Annual report of the Punjab Veterinary College and of the Civil Veterinary Department, Punjab - 1909-1919
Year: 1909
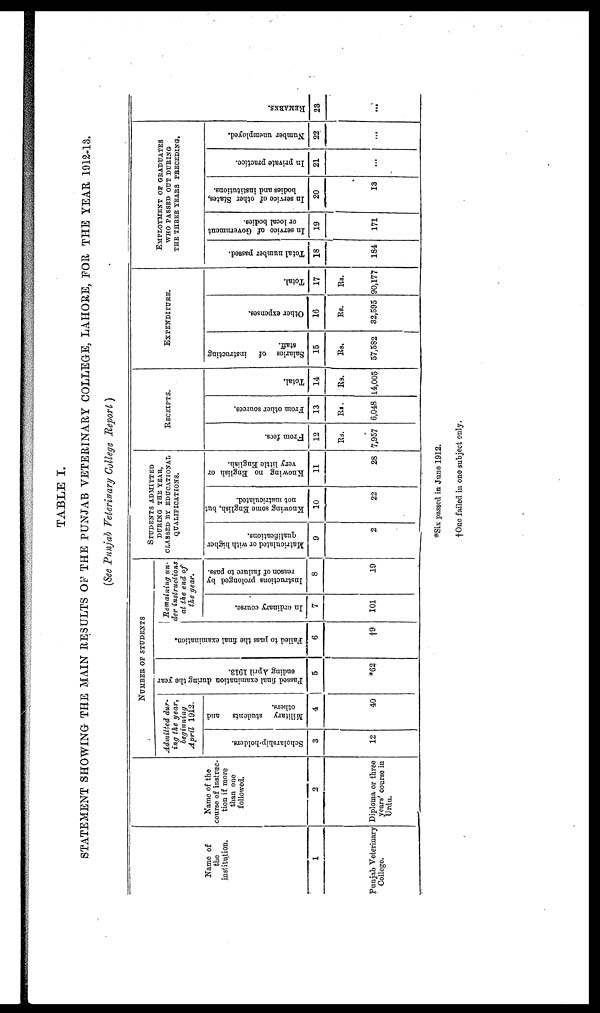
TABLE I.
STATEMENT SHOWING THE MAIN RESULTS OF THE PUNJAB VETERINARY COLLEGE, LAHORE, FOR THE YEAR 1912-13.
(See Punjab Veterinary College Report)
Name of
the
institution.
1
Punjab Veterinary
College.
Name of the
course of instruc-
tion if more
than one
followed.
2
Diploma or three
years' course in
Urdu.
NUMBER OF STUDENTS
Admitted dur-
ing the year,
beginning
April 1912.
Scholarship-holders.
3
12
Military students
and
others.
4
40
Passed final examination during the year
ending April 1913.
5
*62
Failed to pass the final examination.
6
†9
Remaining un-
der instructions
at the end of
the year.
In ordinary course.
7
101
Instructions prolonged by
reason of failure to pass.
8
19
STUDENTS ADMITTED
DURING THE YEAR,
CLASSED BY EDUCATIONAL
QUALIFICATIONS.
Matriculated or with higher
qualifications.
9
2
Knowing some English, but
not matriculated.
10
22
Knowing no English or
very little English.
11
28
RECEIPTS.
From fees.
12
Rs.
7,957
From other sources.
13
Rs.
6,048
Total.
14
Rs.
14,005
EXPENDITURE.
Salaries of
instructing
staff.
15
Rs.
57,582
Other expenses.
16
Rs.
32,595
Total.
17
Rs.
90,177
EMPLOYMENT OF GRADUATES
WHO PASSED OUT DURING
THE THREE YEARS PRECEDING.
Total number passed.
18
184
In service of Government
or local bodies.
19
171
In service of other States,
bodies and institutions.
20
13
In private practice.
21
...
Number unemployed.
22
...
RE MARKS .
23
...
*Six passed in June 1912.
† One failed in one subject only.